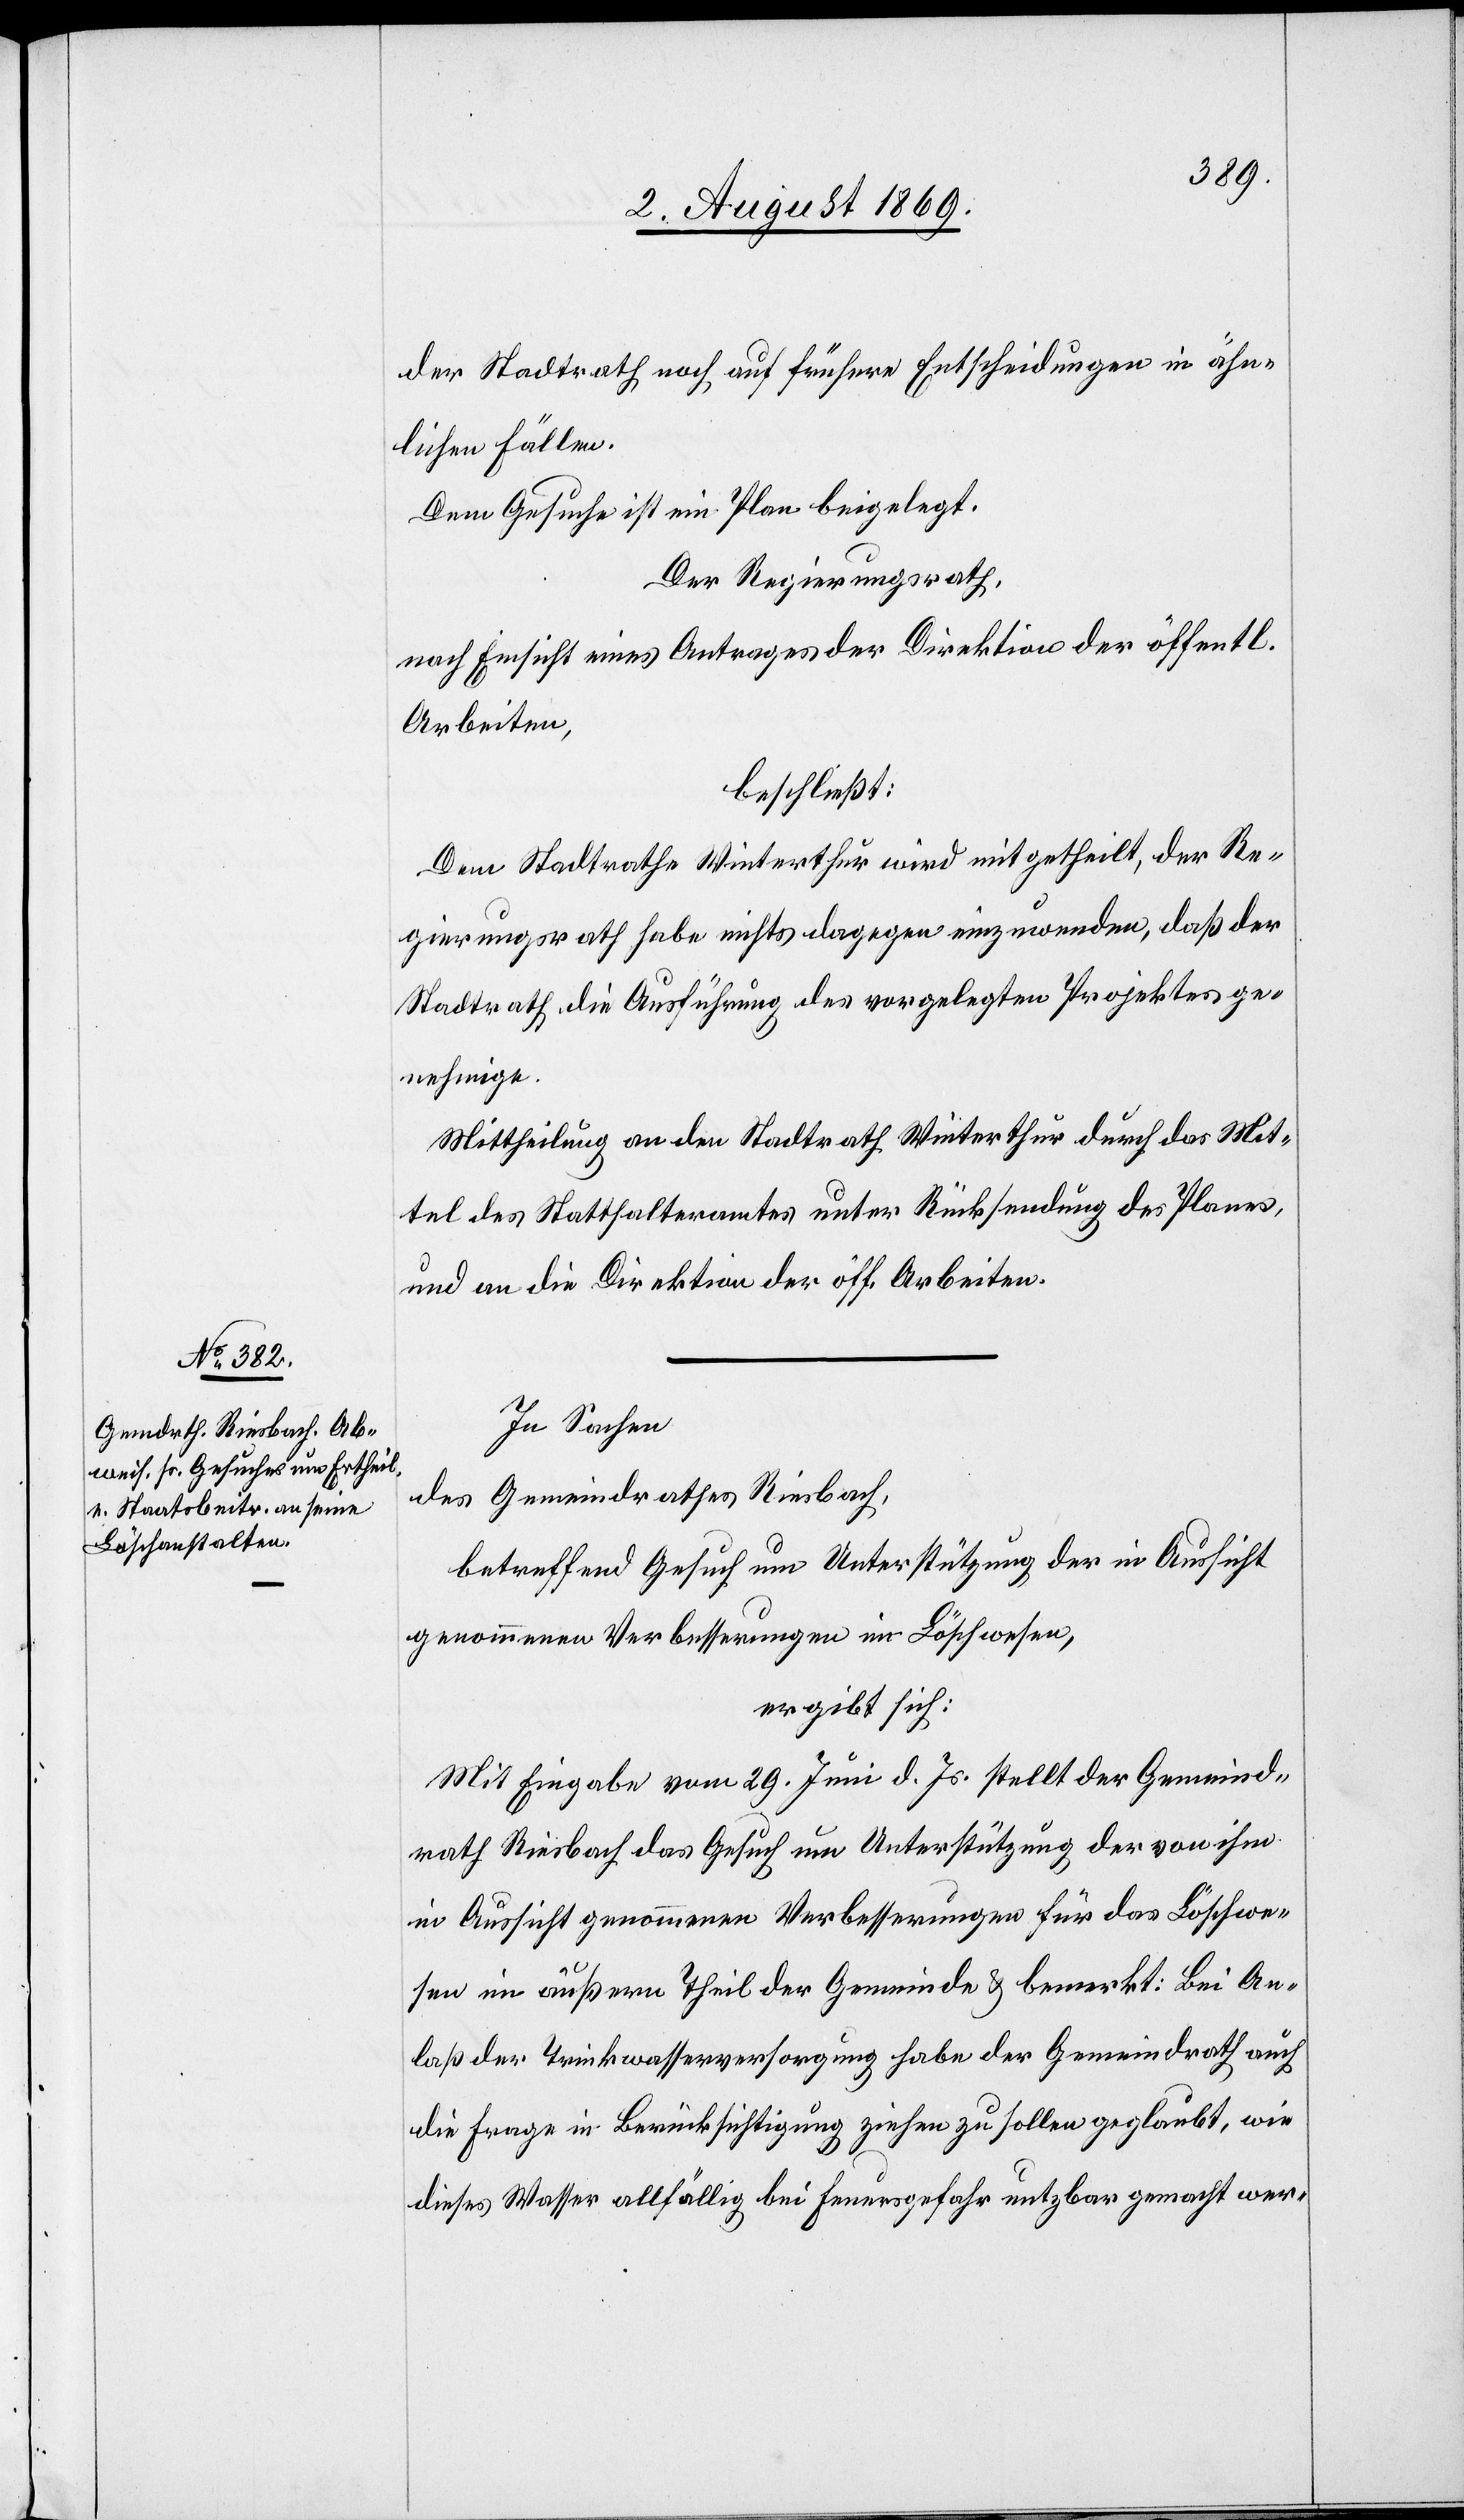
der Stadtrath noch auf frühere Entscheidungen in ähn¬
lichen Fällen.
Dem Gesuche ist ein Plan beigelegt.
Der Regierungsrath,
nach Einsicht eines Antrages der Direktion der öffentl.
Arbeiten,
beschließt:
Dem Stadtrathe Winterthur wird mitgetheilt, der Re¬
gierungsrath habe nichts dagegen einzuwenden, daß der
Stadtrath, die Ausführung des vorgelegten Projektes ge¬
nehmige.
Mittheilung an den Stadtrath Winterthur durch das Mit¬
tel des Statthalteramtes unter Rücksendung des Planes,
und an die Direktion der öff. Arbeiten.
In Sachen
des Gemeindrathes Riesbach,
betreffend Gesuch um Unterstützung der in Aussicht
genommenen Verbesserungen im Löschwesen,
ergibt sich:
Mit Eingabe vom 29 Juni d. Js. stellt der Gemeind¬
rath Riesbach das Gesuch um Unterstützung der von ihm
in Aussicht genommenen Verbesserungen für das Löschwe¬
sen im äußern Theil der Gemeinde & bemerkt: Bei An¬
laß der Trinkwasserversorgung habe der Gemeindrath auch
die Frage in Berücksichtigung ziehen zu sollen geglaubt, wie
dieses Wasser allfällig bei Feuersgefahr nutzbar gemacht wer-